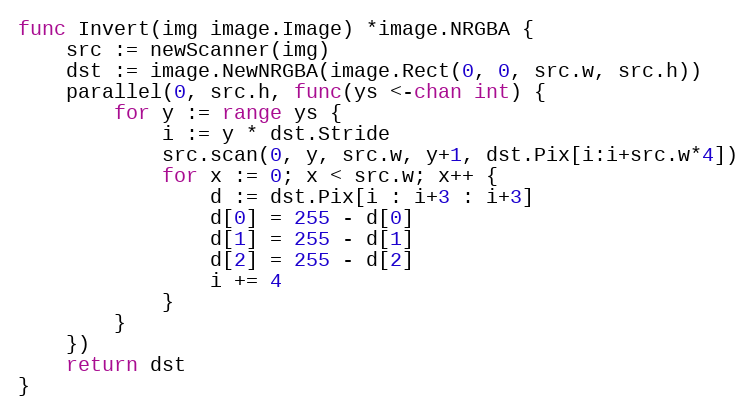
Language: Go
func Invert(img image.Image) *image.NRGBA {
	src := newScanner(img)
	dst := image.NewNRGBA(image.Rect(0, 0, src.w, src.h))
	parallel(0, src.h, func(ys <-chan int) {
		for y := range ys {
			i := y * dst.Stride
			src.scan(0, y, src.w, y+1, dst.Pix[i:i+src.w*4])
			for x := 0; x < src.w; x++ {
				d := dst.Pix[i : i+3 : i+3]
				d[0] = 255 - d[0]
				d[1] = 255 - d[1]
				d[2] = 255 - d[2]
				i += 4
			}
		}
	})
	return dst
}